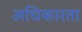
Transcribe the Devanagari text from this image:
अधिकारता